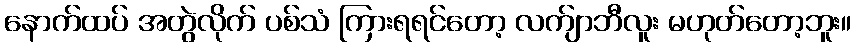
နောက်ထပ် အတွဲလိုက် ပစ်သံ ကြားရရင်တော့ လက်ျာဘီလူး မဟုတ်တော့ဘူး။